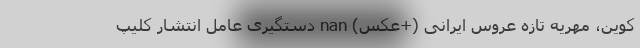
کوین، مهریه تازه عروس ایرانی (+عکس) nan دستگیری عامل انتشار کلیپ